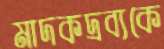
মাদকদ্রব্যকে